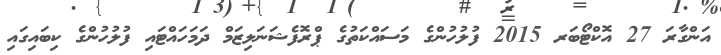
އަންގާރަ 27 އޮކްޓޯބަރ 2015 ފުލުހުންގެ މަސައްކަތުގެ ޕްރޮފެޝަނަލިޒަމް ދަމަހައްޓައި ފުލުހުންގެ ކިބައިގައި